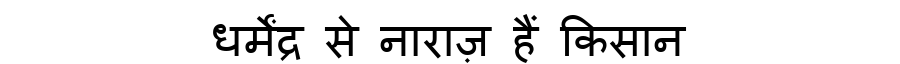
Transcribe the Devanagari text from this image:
धर्मेंद्र से नाराज़ हैं किसान